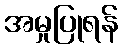
အမှုပြုရန်